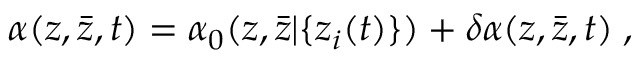
\alpha ( z , { \bar { z } } , t ) = \alpha _ { 0 } ( z , { \bar { z } } | \{ z _ { i } ( t ) \} ) + \delta \alpha ( z , { \bar { z } } , t ) \; ,